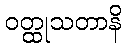
ဝတ္ထုသတာနိ